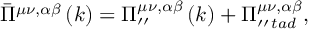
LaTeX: \bar { \Pi } ^ { \mu \nu , \alpha \beta } \left( k \right) = \Pi _ { \prime \prime } ^ { \mu \nu , \alpha \beta } \left( k \right) + \Pi _ { \prime \prime \, t a d } ^ { \mu \nu , \alpha \beta } ,